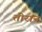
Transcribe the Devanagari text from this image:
तीरान